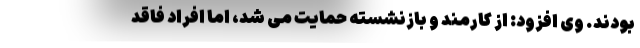
بودند. وی افزود: از کارمند و بازنشسته حمایت می شد، اما افراد فاقد